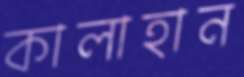
কালাহান